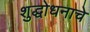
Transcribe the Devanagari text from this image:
शुद्धोधनाचे